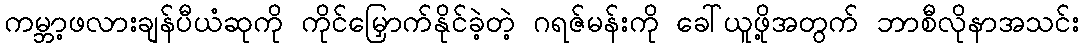
ကမ္ဘာ့ဖလားချန်ပီယံဆုကို ကိုင်မြှောက်နိုင်ခဲ့တဲ့ ဂရဇ်မန်းကို ခေါ်ယူဖို့အတွက် ဘာစီလိုနာအသင်း